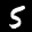
Label: 5